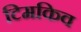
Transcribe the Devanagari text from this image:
टिमकिव